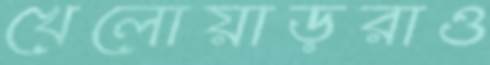
খেলোয়াড়রাও